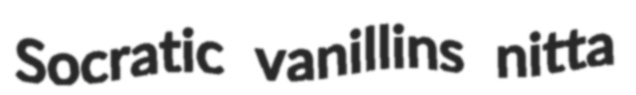
Socratic vanillins nitta